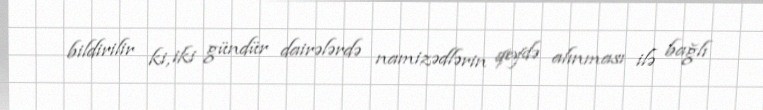
bildirilir ki, iki gündür dairələrdə namizədlərin qeydə alınması ilə bağlı